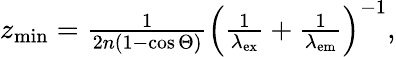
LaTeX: \begin{array}{r}{z_{\mathrm{min}}=\frac{1}{2n\left(1-\cos\Theta\right)}\left(\frac{1}{\lambda_{\mathrm{ex}}}+\frac{1}{\lambda_{\mathrm{em}}}\right)^{-1},}\end{array}